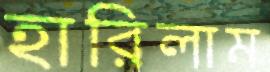
হারিলাম